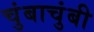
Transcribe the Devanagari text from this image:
चुंबाचुंबी